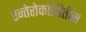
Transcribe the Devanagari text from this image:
एन्तेरोकोलितीस